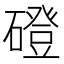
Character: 磴